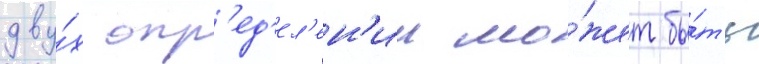
дву́х опр'ед'ел'ен'ии мо́жет бы́ть